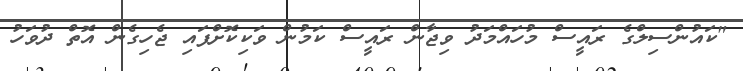
"ކައުންސިލްގެ ރައީސް މުހައްމަދު ވިޖާން ރައީސް ކަމުން ވަކިކޮށްފައި ޖެހިގެން އޮތް ދުވަހު